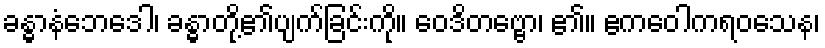
ခန္ဓာနံဘေဒေါ၊ ခန္ဓာတို့၏ပျက်ခြင်းကို။ ဝေဒိတဗ္ဗော၊ ၏။ ဧကဝေါကရဝသေန၊